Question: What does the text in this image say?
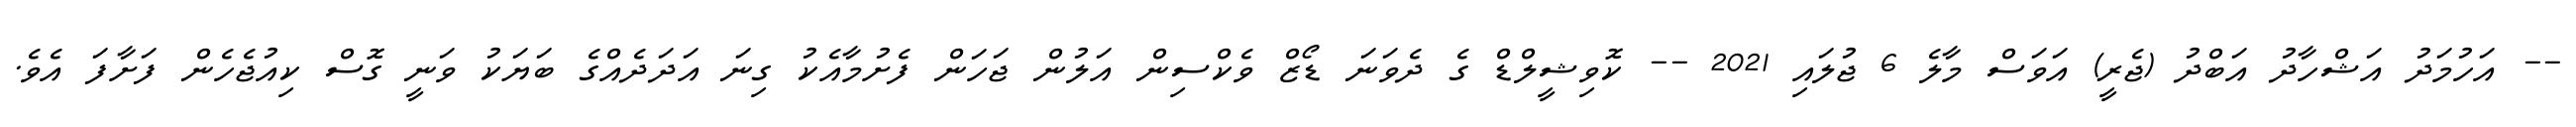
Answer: -- އަހުމަދު އަޝްހާދު އަބްދު (ޖެރީ) އަވަސް މާލެ 6 ޖުލައި 2021 -- ކޮވިޝީލްޑް ގެ ދެވަނަ ޑޯޒް ވެކްސިން އަލުން ޖަހަން ފެށުމާއެކު ގިނަ އަދަދެއްގެ ބަޔަކު ވަނީ ގޮސް ކިއުޖެހެން ފަށާފަ އެވެ.